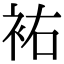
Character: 𧙗